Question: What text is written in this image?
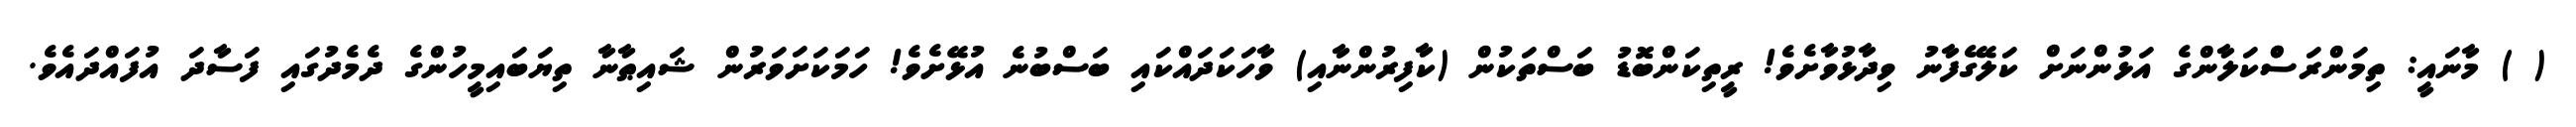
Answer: ( ) މާނައީ: ތިމަންރަސްްކަލާންގެ އަޅުންނަށް ކަލޭގެފާނު ވިދާޅުވާށެވެ! ރީތިކަންބޮޑު ބަސްތަކުން (ކާފިރުންނާއި) ވާހަކަދައްކައި ބަސްބުނެ އުޅޭށެވެ! ހަމަކަށަވަރުން ޝައިޠާނާ ތިޔަބައިމީހުންގެ ދެމެދުގައި ފަސާދަ އުފައްދައެވެ.